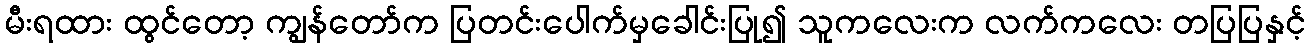
မီးရထား ထွင်တော့ ကျွန်တော်က ပြတင်းပေါက်မှခေါင်းပြု၍ သူကလေးက လက်ကလေး တပြပြနှင့်